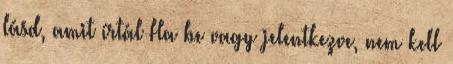
lásd, amit írtál Ha be vagy jelentkezve, nem kell